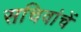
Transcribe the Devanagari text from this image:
सचिवांचें